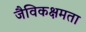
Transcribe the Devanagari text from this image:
जैविकक्षमता